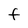
Character: F